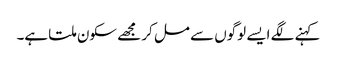
کہنے لگے ایسے لوگوں سے مل کر مجھے سکون ملتا ہے۔